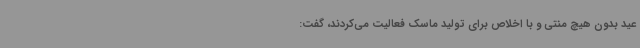
عید بدون هیچ منتی و با اخلاص برای تولید ماسک فعالیت می‌کردند، گفت:‌